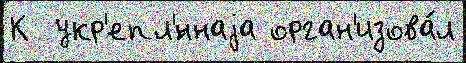
К  укр'епл'́ннаjа орган'изова́л